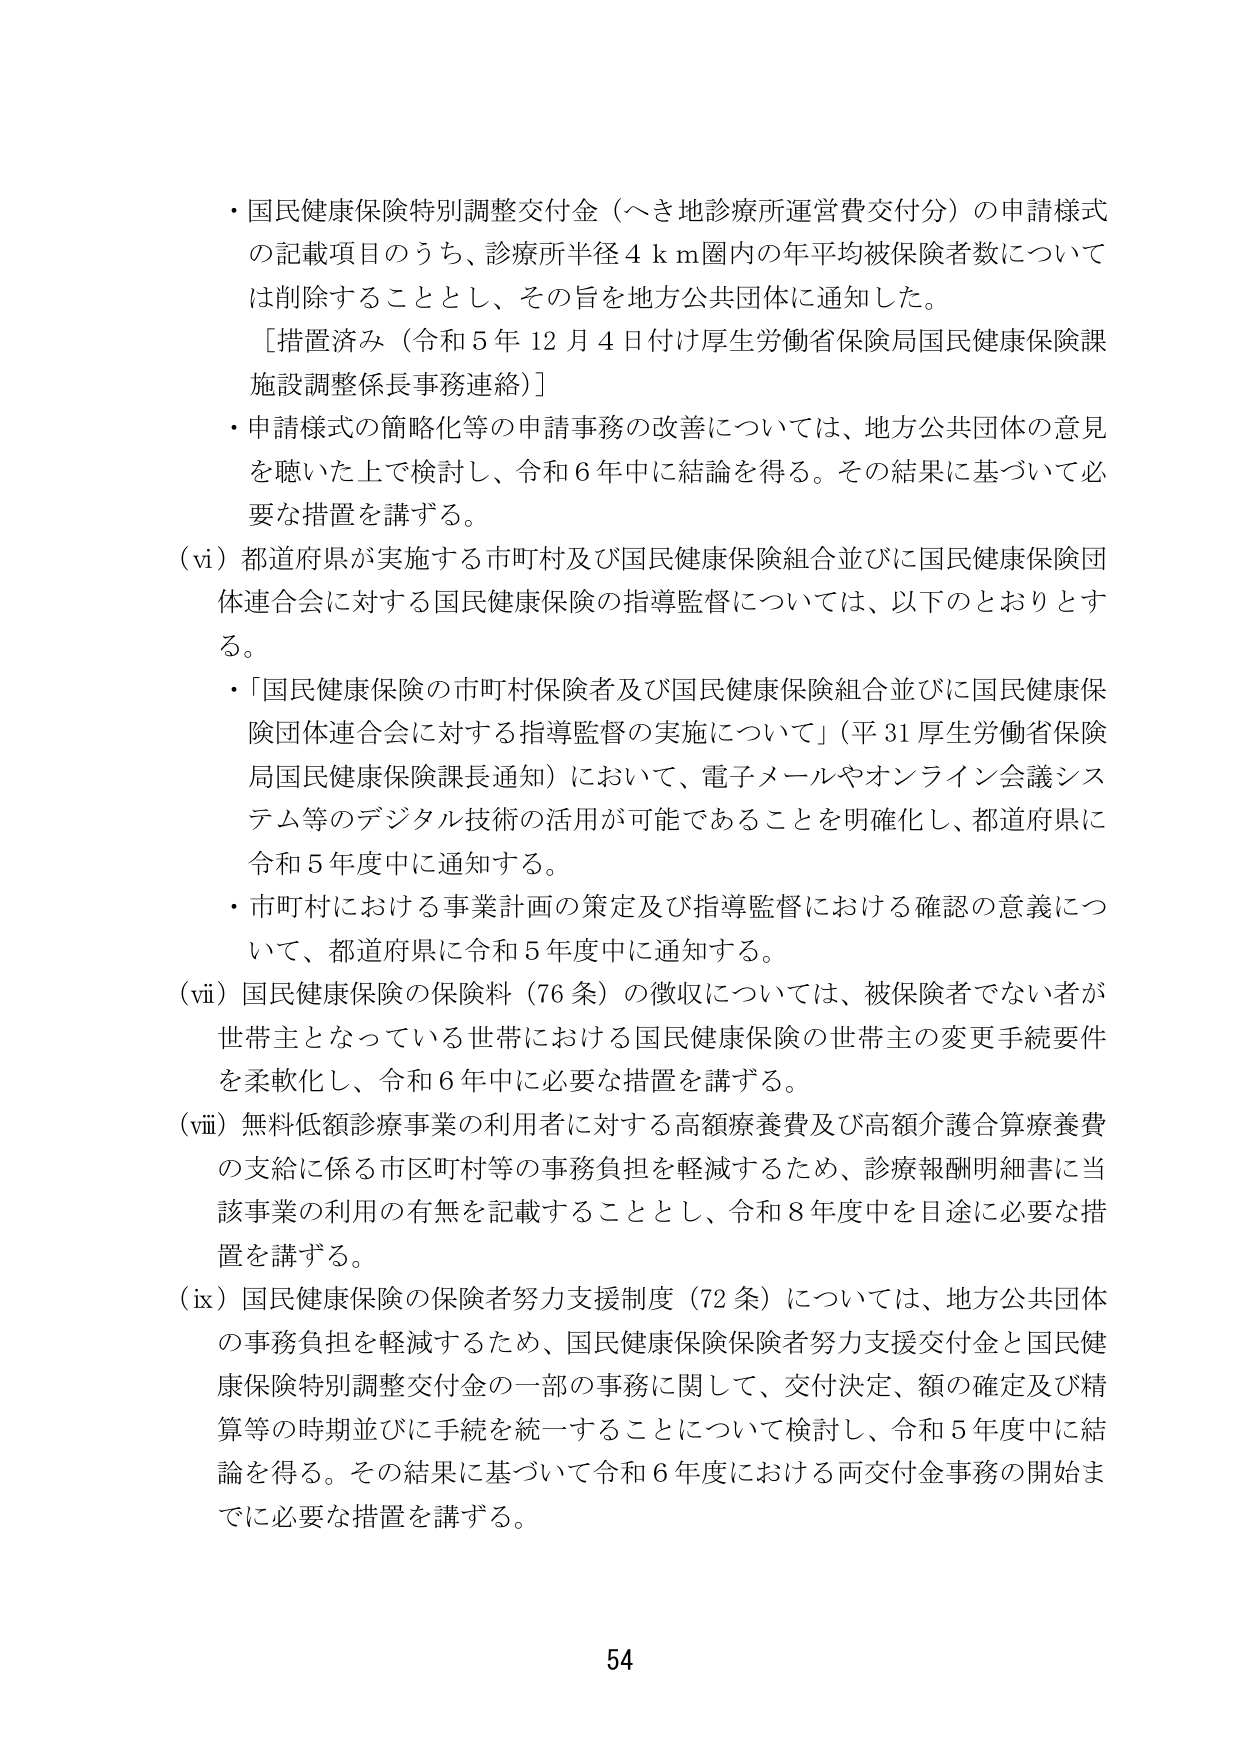
・国民健康保険特別調整交付金（へき地診療所運営費交付分）の申請様式の記載項目のうち、診療所半径４ｋｍ圏内の年平均被保険者数については削除することとし、その旨を地方公共団体に通知した。
［措置済み（令和５年１２月４日付け厚生労働省保険局国民健康保険課施設調整係長事務連絡）］
・申請様式の簡略化等の申請事務の改善については、地方公共団体の意見を聴いた上で検討し、令和６年中に結論を得る。その結果に基づいて必要な措置を講ずる。
（ⅵ）都道府県が実施する市町村及び国民健康保険組合並びに国民健康保険団体連合会に対する国民健康保険の指導監督については、以下のとおりとする。
・「国民健康保険の市町村保険者及び国民健康保険組合並びに国民健康保険団体連合会に対する指導監督の実施について」（平３１厚生労働省保険局国民健康保険課長通知）において、電子メールやオンライン会議システム等のデジタル技術の活用が可能であることを明確化し、都道府県に令和５年度中に通知する。
・市町村における事業計画の策定及び指導監督における確認の意義について、都道府県に令和５年度中に通知する。
（ⅶ）国民健康保険の保険料（76条）の徴収については、被保険者でない者が世帯主となっている世帯における国民健康保険の世帯主の変更手続要件を柔軟化し、令和６年中に必要な措置を講ずる。
（ⅷ）無料低額診療事業の利用者に対する高額療養費及び高額介護合算療養費の支給に係る市区町村等の事務負担を軽減するため、診療報酬明細書に当該事業の利用の有無を記載することとし、令和８年度中を目途に必要な措置を講ずる。
（ⅸ）国民健康保険の保険者努力支援制度（72条）については、地方公共団体の事務負担を軽減するため、国民健康保険保険者努力支援交付金と国民健康保険特別調整交付金の一部の事務に関して、交付決定、額の確定及び精算等の時期並びに手続を統一することについて検討し、令和５年度中に結論を得る。その結果に基づいて令和６年度における両交付金事務の開始までに必要な措置を講ずる。
54